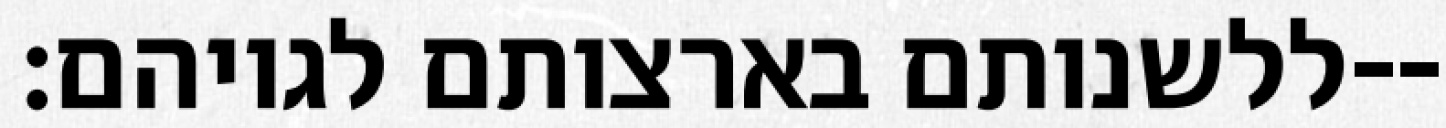
ללשנותם בארצותם לגויהם׃--